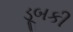
ડૂબકી